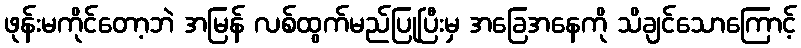
ဖုန်းမကိုင်တော့ဘဲ အမြန် လစ်ထွက်မည်ပြုပြီးမှ အခြေအနေကို သိချင်သောကြောင့်